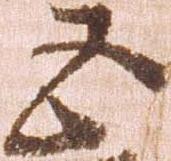
五